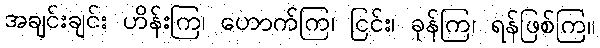
အချင်းချင်း ဟိန်းကြ၊ ဟောက်ကြ၊ ငြင်း၊ ခုန်ကြ၊ ရန်ဖြစ်ကြ။